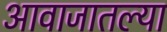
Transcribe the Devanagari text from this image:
आवाजातल्या